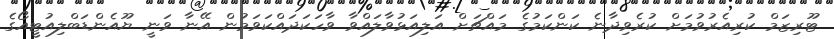
ޓޫރިޒަމް ކުރިއެރުވުމަށް ކުރެވިދާނެ ކަންކަމުގެ މައްޗަށް އަލިއަޅުވާލައްވާ ވާހަކަދައްކަވަމުން އޭނާ ވަނީ ޔޫއެންޑަބްލިއުޓީއޯގެ